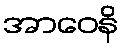
အာဝေနိ